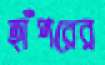
হাঁপরের